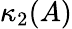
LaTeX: \kappa_{2}(A)